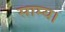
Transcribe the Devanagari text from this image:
साम्य।